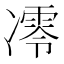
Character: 𪞮